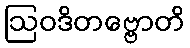
ဩဝဒိတဗ္ဗောတိ